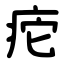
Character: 㾃